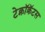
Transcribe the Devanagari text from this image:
टेक्नॉक्रॅटस